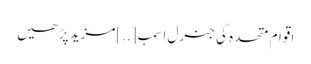
اقوام متحدہ کی جنرل اسمب [..]مزید پڑھیں